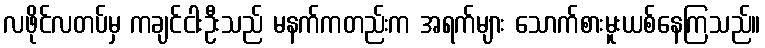
လဖိုင်လတပ်မှ ကချင်ငါးဦးသည် မနက်ကတည်းက အရက်များ သောက်စားမူးယစ်နေကြသည်။